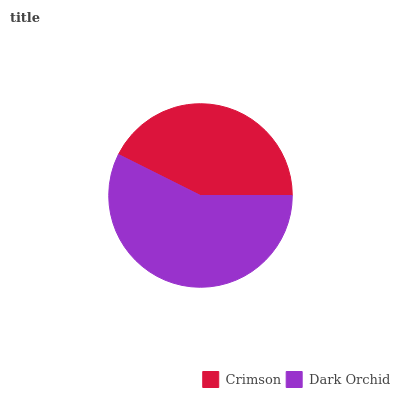
| Crimson | Dark Orchid |
 | --- | --- |
 | 42.6% | 57.4% |